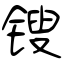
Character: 锼